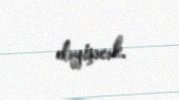
dəyişəcək.